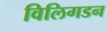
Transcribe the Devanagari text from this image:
विलिगडन